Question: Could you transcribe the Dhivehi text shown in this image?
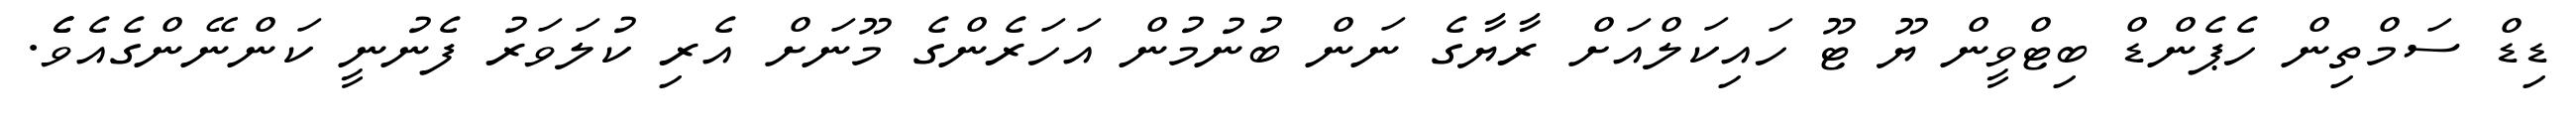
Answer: ޑިޑް ސަމްތިން ހެޕެންޑް ބިޓްވީން ޔޫ ޓޫ ހައިކަލްއަށް ރާޔާގެ ނަން ބުނުމުން އަހަރެންގެ މޫނަށް އެރި ކުލަވަރު ފެނުނީ ކަންނޭންގެއެވެެ.